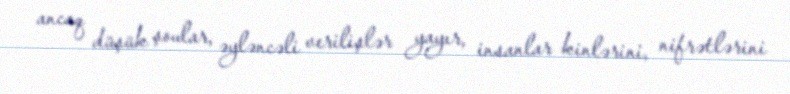
ancaq düşük şoular, əyləncəli verilişlər yayır, insanlar kinlərini, nifrətlərini